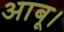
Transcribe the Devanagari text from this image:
आबू।